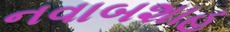
નવાબશાહ